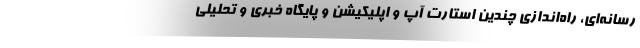
رسانه‌ای، راه‌اندازی چندین استارت آپ و اپلیکیشن و پایگاه خبری و تحلیلی